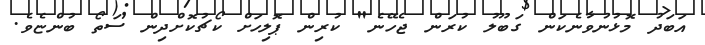
އަބަދު މޮޅުނުވާނެކަން ގަބޫލު ކުރަން ޖެހޭނެ" ކުރިން ޕޮލިހަށް ކޯޗުކޮށްދިން ސަތޯ ބުންޏެވެ.